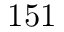
1 5 1